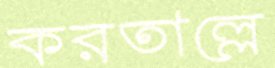
করতাল্লে